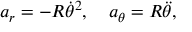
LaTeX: a _ { r } = - R { \dot { \theta } } ^ { 2 } , \quad a _ { \theta } = R { \ddot { \theta } } ,